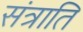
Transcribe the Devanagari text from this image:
संत्राति